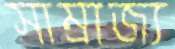
সাম্রাজ্য